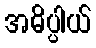
အဓိပ္ပါယ်